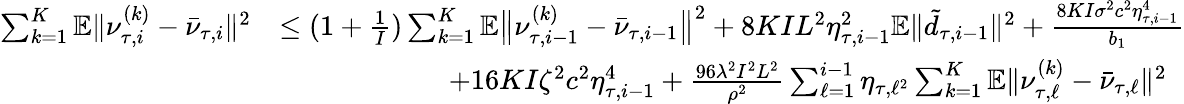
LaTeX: \begin{array}{rl}{\sum_{k=1}^{K}\mathbb{E}\| \nu_{\tau,i}^{(k)}-\bar{\nu}_{\tau,i}\| ^{2}}&{\leq(1+\frac{1}{I})\sum_{k=1}^{K}\mathbb{E}\big\| \nu_{\tau,i-1}^{(k)}-\bar{\nu}_{\tau,i-1}\big\| ^{2}+8KIL^{2}\eta_{\tau,i-1}^{2}\mathbb{E}\| \tilde{d}_{\tau,i-1}\| ^{2}+\frac{8KI\sigma^{2}c^{2}\eta_{\tau,i-1}^{4}}{b_{1}}}\\ &{\qquad\qquad\qquad+16KI\zeta^{2}c^{2}\eta_{\tau,i-1}^{4}+\frac{96\lambda^{2}I^{2}L^{2}}{\rho^{2}}\sum_{\ell=1}^{i-1}\eta_{\tau,\ell^{2}}\sum_{k=1}^{K}\mathbb{E}\| \nu_{\tau,\ell}^{(k)}-\bar{\nu}_{\tau,\ell}\| ^{2}}\end{array}